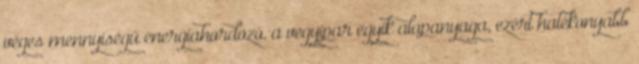
véges mennyiségű energiahordozó, a vegyipar egyik alapanyaga, ezért hatékonyabb